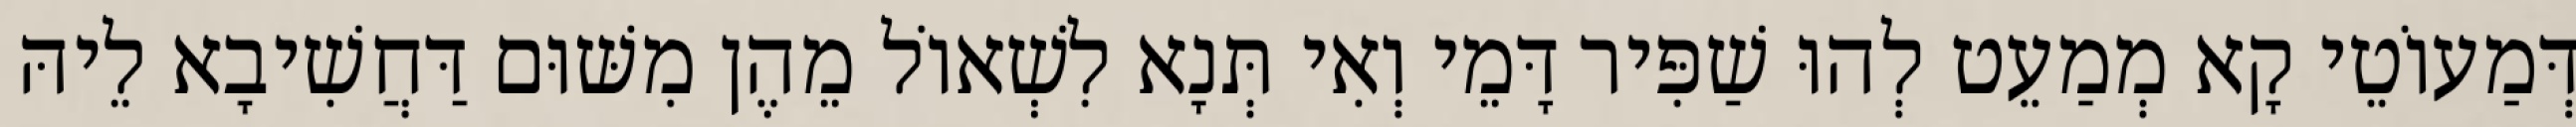
דְּמַעוֹטֵי קָא מְמַעֵט לְהוּ שַׁפִּיר דָּמֵי וְאִי תְּנָא לִשְׁאוֹל מֵהֶן מִשּׁוּם דַּחֲשִׁיבָא לֵיהּ